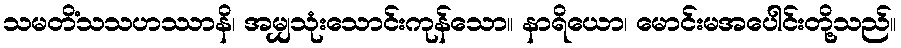
သမတိံသသဟဿာနိ၊ အမျှသုံးသောင်းကုန်သော။ နာရိယော၊ မောင်းမအပေါင်းတို့သည်။